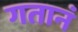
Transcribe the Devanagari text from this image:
गतानं